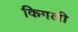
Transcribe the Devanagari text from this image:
किगली